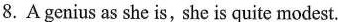
8.A genius as she is,she is quite modest.